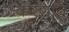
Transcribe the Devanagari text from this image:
करगाव